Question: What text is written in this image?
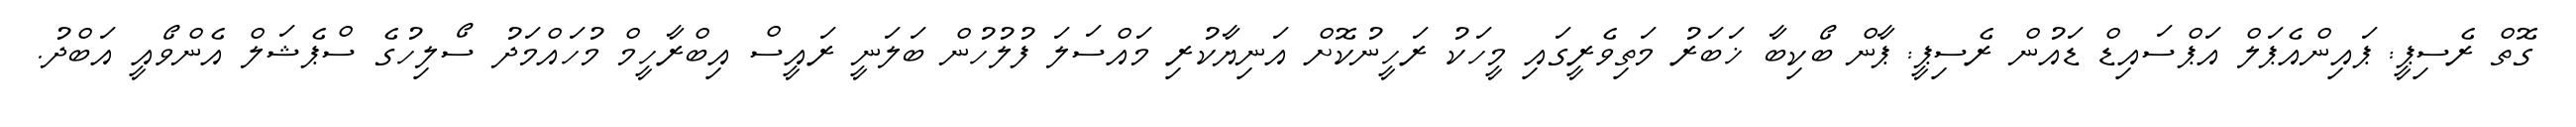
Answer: ގޮތް ރެސިޕީ: ޕައިންއެޕަލް އަޕްސައިޑް ޑައުން ރެސިޕީ: ޕާން ބޯކިބާ ޚަބަރު މަތިވެރީގައި މީހަކު ރަހީނުކޮށް އަނިޔާކުރި މައްސަލަ ފުލުހުން ބަލަނީ ރައީސް އިބްރާހީމް މުހައްމަދު ސޯލިހުގެ ސްޕެޝަލް އެންވޯއީ އަބްދު.